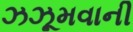
ઝઝૂમવાની